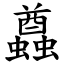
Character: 蠤